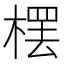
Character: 𣘓